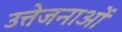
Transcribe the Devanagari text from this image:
उत्तेजनाआें